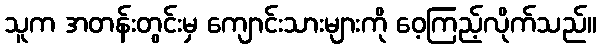
သူက အတန်းတွင်းမှ ကျောင်းသားများကို ဝေ့ကြည့်လိုက်သည်။